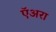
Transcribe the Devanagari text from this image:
ऍअरा